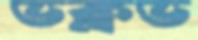
ভক্লভ